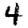
Digit: 4